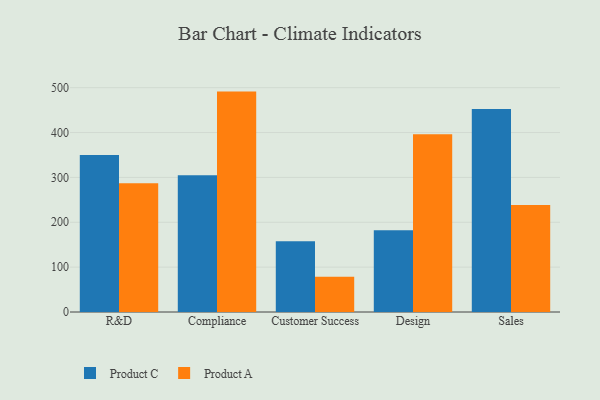
{"axis": {"x": "Department", "y": "Budget (USD K)"}, "legend": ["Product A", "Product C"], "data": [{"x": "R&D", "y": 350.1, "type": "Product C"}, {"x": "R&D", "y": 286.9, "type": "Product A"}, {"x": "Compliance", "y": 304.9, "type": "Product C"}, {"x": "Compliance", "y": 491.3, "type": "Product A"}, {"x": "Customer Success", "y": 157.7, "type": "Product C"}, {"x": "Customer Success", "y": 78.8, "type": "Product A"}, {"x": "Design", "y": 182.5, "type": "Product C"}, {"x": "Design", "y": 396.5, "type": "Product A"}, {"x": "Sales", "y": 452.5, "type": "Product C"}, {"x": "Sales", "y": 238.7, "type": "Product A"}]}